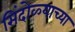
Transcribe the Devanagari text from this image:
सिंदोळ्याच्या